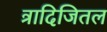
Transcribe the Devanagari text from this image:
त्रादिजितल